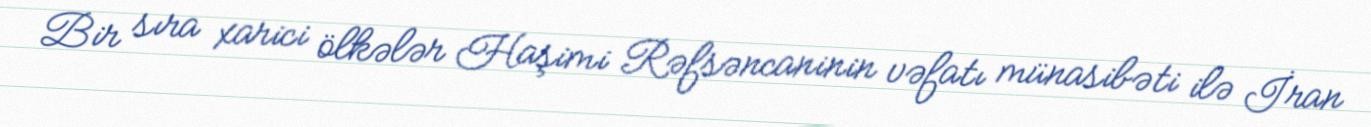
Bir sıra xarici ölkələr Haşimi Rəfsəncaninin vəfatı münasibəti ilə İran